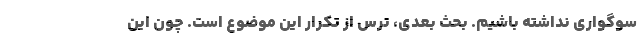
سوگواری نداشته باشیم. بحث بعدی، ترس از تکرار این موضوع است. چون این